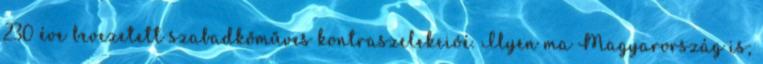
230 éve bevezetett szabadkőműves kontraszelekcióé. Ilyen ma Magyarország is;